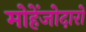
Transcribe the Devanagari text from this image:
मोहेंजोदारो